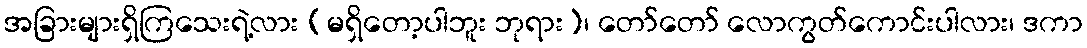
အခြားများရှိကြသေးရဲ့လား (မရှိတော့ပါဘူး ဘုရား)၊ တော်တော် လောကွတ်ကောင်းပါလား၊ ဒကာ